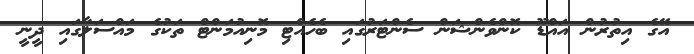
އޭގެ އިތުރުން އައްޑޫ ކޮންވެންޝަން ސެންޓަރުގައި ބެހެއްޓި މޮނިއުމަންޓް ތަކުގެ މައްސަލާގައި ދީނީ